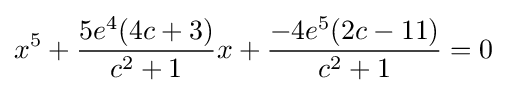
x^{5}+{\frac {5e^{4}(4c+3)}{c^{2}+1}}x+{\frac {-4e^{5}(2c-11)}{c^{2}+1}}=0